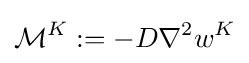
{\mathcal {M}}^{K}:=-D\nabla ^{2}w^{K}